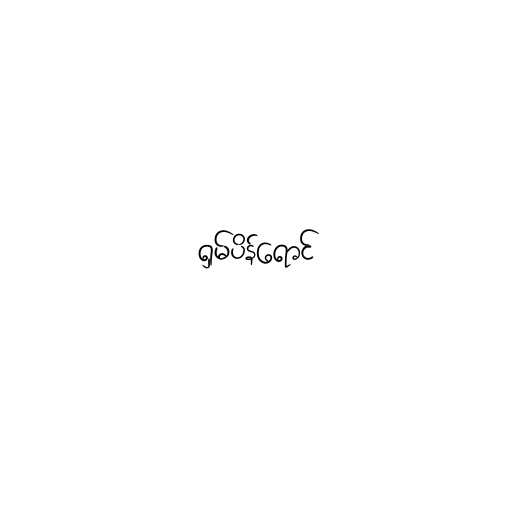
ရှမ်ပိန်ရောင်